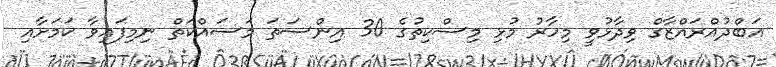
އަބްދުއްރައްޒާގް ވިދާޅުވީ މިހާރު މުޅި މިސްކިތުގެ 30 އިންސަތަ މަސައްކަތް ނިމިފައިވާ ކަމަށާއި